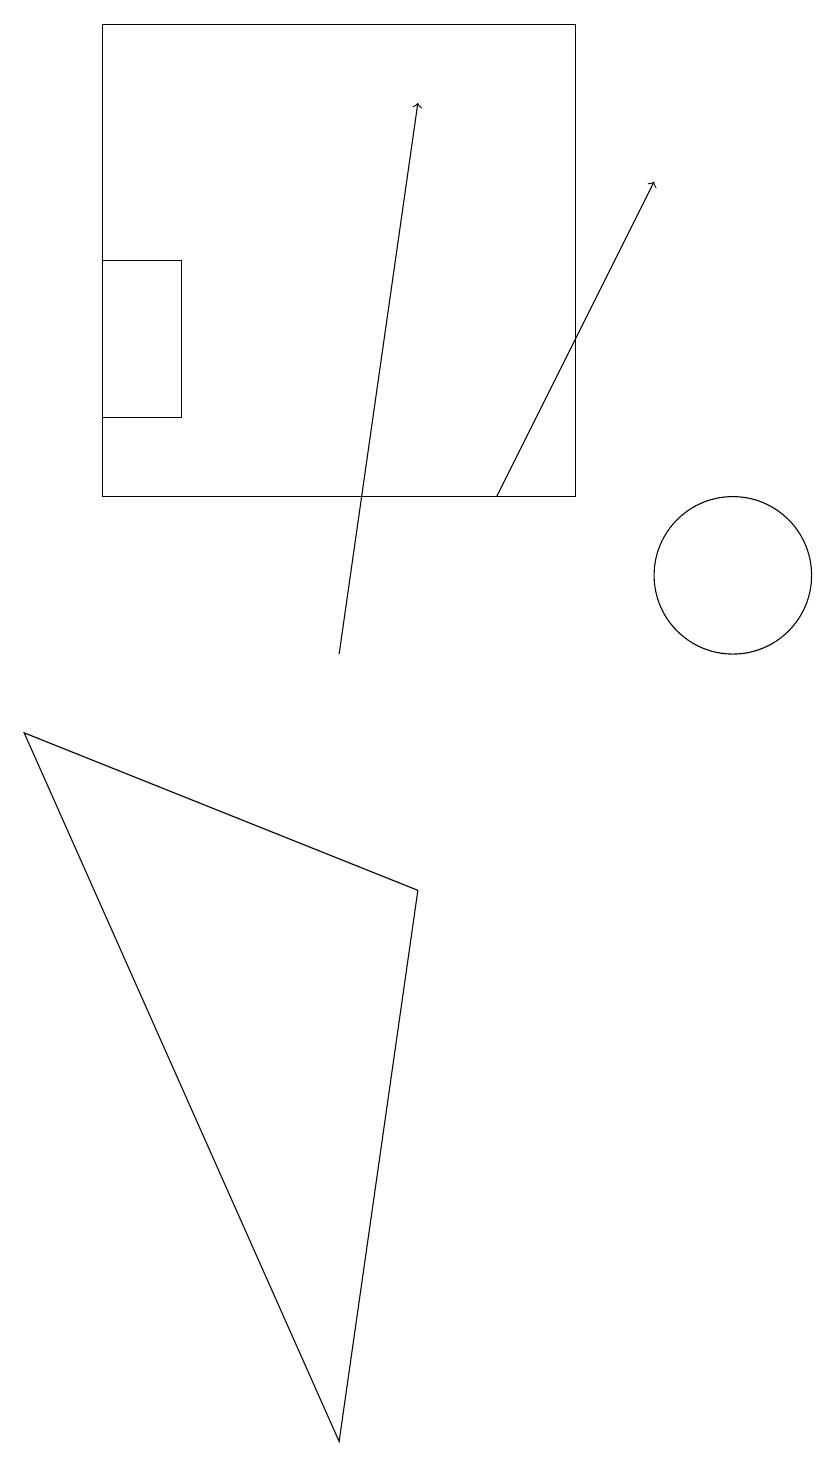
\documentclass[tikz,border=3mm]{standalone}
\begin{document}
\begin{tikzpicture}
\draw[->] (7,12) -- (9,16);
\draw (10,11) circle (1);
\draw (1,9) -- (5,0) -- (6,7) -- cycle;
\draw[->] (5,10) -- (6,17);
\draw (2,12) rectangle (8,18);
\draw (2,13) rectangle (3,15);
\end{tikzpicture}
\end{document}